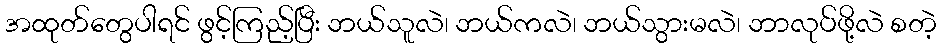
အထုတ်တွေပါရင် ဖွင့်ကြည့်ပြီး ဘယ်သူလဲ၊ ဘယ်ကလဲ၊ ဘယ်သွားမလဲ၊ ဘာလုပ်ဖို့လဲ စတဲ့